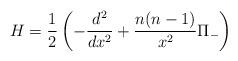
LaTeX: \begin{align*}H=\frac{1}{2}\left(-\frac{d^2}{dx^2}+\frac{n(n-1)}{x^2}\Pi_-\right)\end{align*}